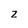
Character: z